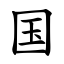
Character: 国